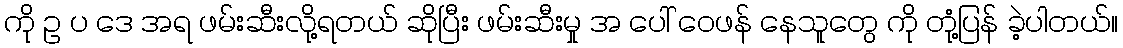
ကို ဥ ပ ဒေ အရ ဖမ်းဆီးလို့ရတယ် ဆိုပြီး ဖမ်းဆီးမှု အ ပေါ် ဝေဖန် နေသူတွေ ကို တုံ့ပြန် ခဲ့ပါတယ်။